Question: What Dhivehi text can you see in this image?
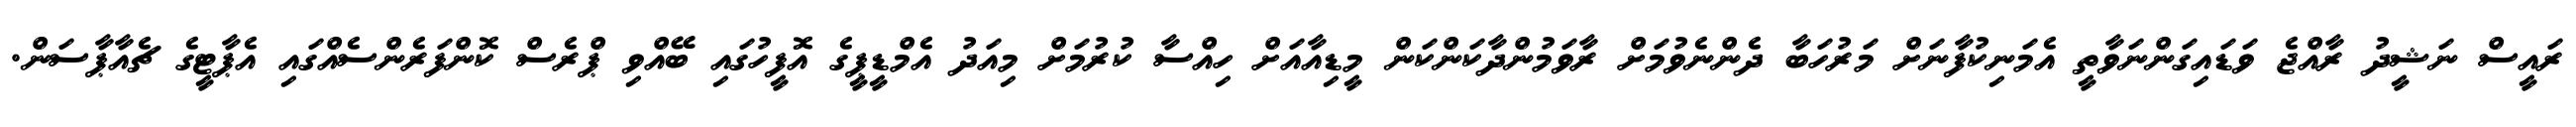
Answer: ރައީސް ނަޝީދު ރާއްޖެ ވަޑައިގަންނަވާތީ އެމަނިކުފާނަށް މަރުހަބާ ދެންނެވުމަށް ރާވަމުންދާކަންކަން މީޑިއާއަށް ހިއްސާ ކުރުމަށް މިއަދު އެމްޑީޕީގެ އޮފީހުގައި ބޭއްވި ޕްރެސް ކޮންފަރެންސެއްގައި އެޕާޓީގެ ޗެއާޕާސަން.